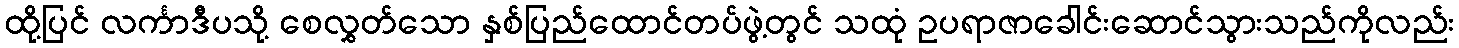
ထို့ပြင် လင်္ကာဒီပသို့ စေလွှတ်သော နှစ်ပြည်ထောင်တပ်ဖွဲ့တွင် သထုံ ဥပရာဇာခေါင်းဆောင်သွားသည်ကိုလည်း